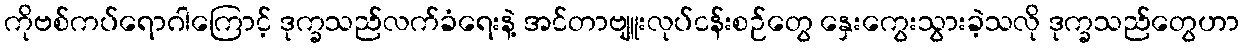
ကိုဗစ်ကပ်ရောဂါကြောင့် ဒုက္ခသည်လက်ခံရေးနဲ့ အင်တာဗျူးလုပ်ငန်းစဉ်တွေ နှေးကွေးသွားခဲ့သလို ဒုက္ခသည်တွေဟာ